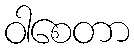
ဝါစေတာ